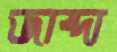
জাব্দা